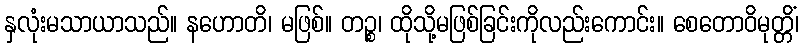
နှလုံးမသာယာသည်။ နဟောတိ၊ မဖြစ်။ တဉ္စ၊ ထိုသို့မဖြစ်ခြင်းကိုလည်းကောင်း။ စေတောဝိမုတ္တိံ၊